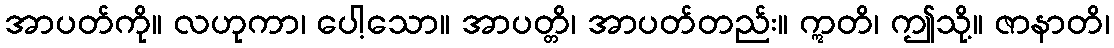
အာပတ်ကို။ လဟုကာ၊ ပေါ့သော။ အာပတ္တိ၊ အာပတ်တည်း။ ဣတိ၊ ဤသို့။ ဇာနာတိ၊